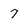
Character: 7